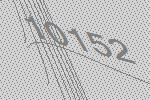
10152